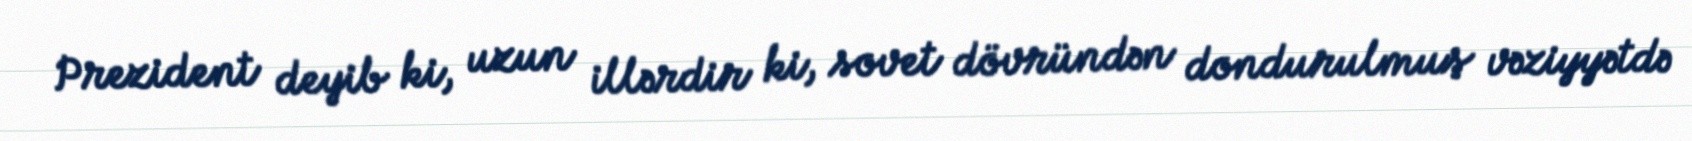
Prezident deyib ki, uzun illərdir ki, sovet dövründən dondurulmuş vəziyyətdə